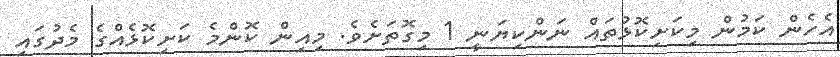
އެހެން ކަމުން މިކަށިކޮޅުތައް ނަންކިޔަނީ 1 މިގޮތަށެވެ. މިއިން ކޮންމެ ކަށިކޮޅެއްގެ މެދުގައި